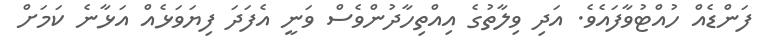
ފަންޑެއް ހުއްޓުވާފައެވެ. އަދި ވިލާތުގެ އިއްތިހާދުންވެސް ވަނީ އެފަދަ ފިޔަވަޅެއް އަޅާނެ ކަމަށް